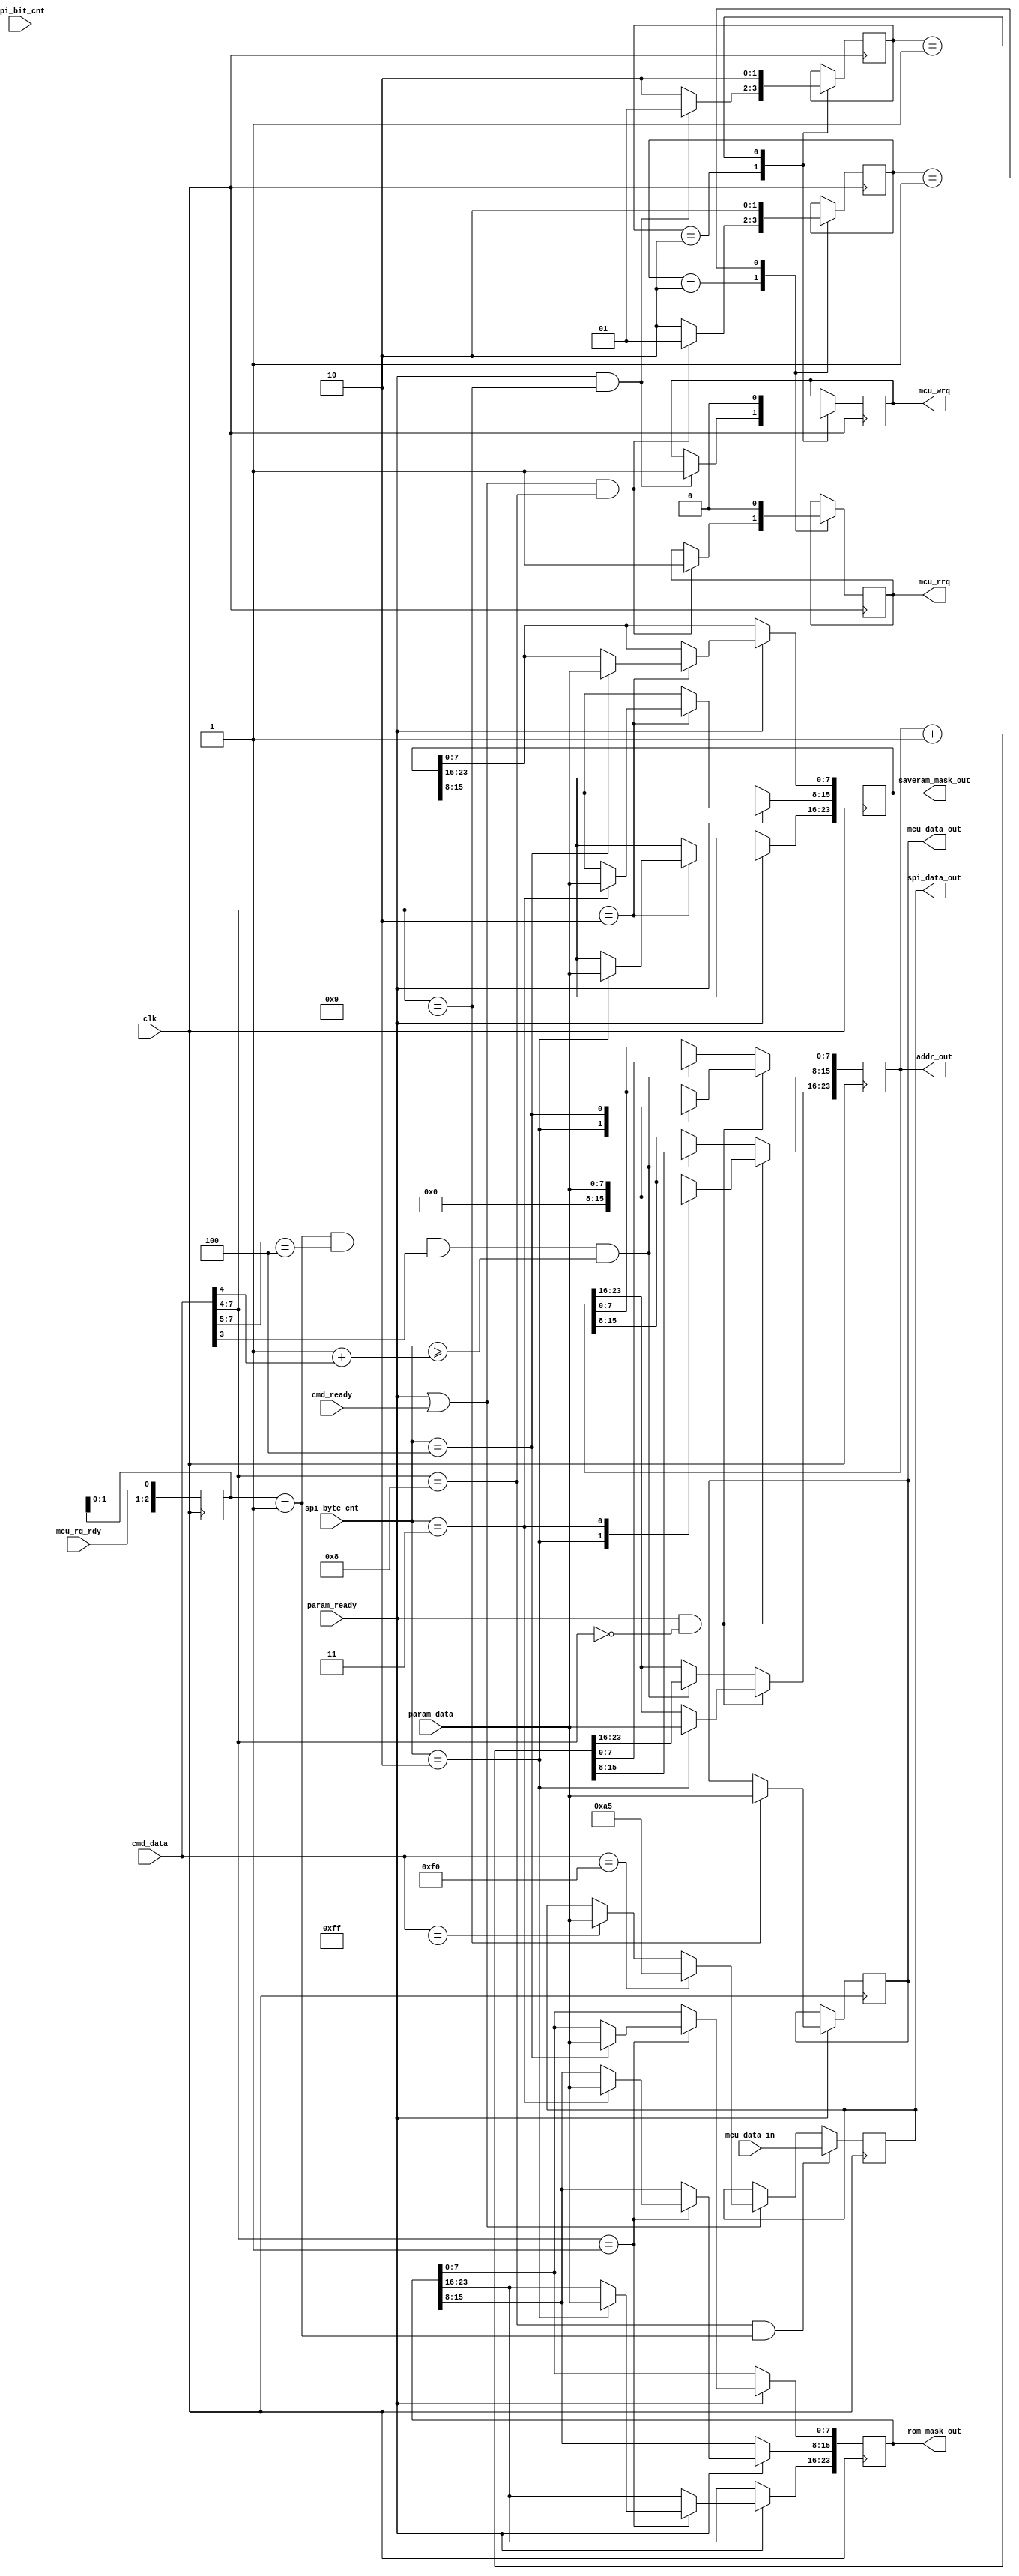
module mcu_cmd(
  input clk,
  input cmd_ready,
  input param_ready,
  input [7:0] cmd_data,
  input [7:0] param_data,
  output mcu_rrq,
  output mcu_wrq,
  input mcu_rq_rdy,
  output [7:0] mcu_data_out,
  input [7:0] mcu_data_in,
  output [7:0] spi_data_out,
  input [31:0] spi_byte_cnt,
  input [2:0] spi_bit_cnt,
  output [23:0] addr_out,
  output [23:0] saveram_mask_out,
  output [23:0] rom_mask_out
);

reg [7:0] MCU_DATA_OUT_BUF;
reg [7:0] MCU_DATA_IN_BUF;
reg [2:0] mcu_nextaddr_buf;

wire mcu_nextaddr;

reg [23:0] SAVERAM_MASK;
reg [23:0] ROM_MASK;

reg [23:0] ADDR_OUT_BUF;

assign spi_data_out = MCU_DATA_IN_BUF;

initial begin
  ADDR_OUT_BUF = 0;
end

// command interpretation
always @(posedge clk) begin
  if (param_ready) begin
    casex (cmd_data[7:0])
      8'h1x:
        case (spi_byte_cnt)
          32'h2:
            ROM_MASK[23:16] <= param_data;
          32'h3:
            ROM_MASK[15:8] <= param_data;
          32'h4:
            ROM_MASK[7:0] <= param_data;
        endcase
      8'h2x:
        case (spi_byte_cnt)
          32'h2:
            SAVERAM_MASK[23:16] <= param_data;
          32'h3:
            SAVERAM_MASK[15:8] <= param_data;
          32'h4:
            SAVERAM_MASK[7:0] <= param_data;
        endcase
      8'h9x:
        MCU_DATA_OUT_BUF <= param_data;
    endcase
  end
end

always @(posedge clk) begin
  if(param_ready && cmd_data[7:4] == 4'h0)  begin
    case (spi_byte_cnt)
      32'h2: begin
        ADDR_OUT_BUF[23:16] <= param_data;
        ADDR_OUT_BUF[15:0] <= 16'b0;
      end
      32'h3:
        ADDR_OUT_BUF[15:8] <= param_data;
      32'h4:
        ADDR_OUT_BUF[7:0] <= param_data;
    endcase
  end else if ((mcu_nextaddr & (cmd_data[7:5] == 3'h4)
               && (cmd_data[3])
               && (spi_byte_cnt >= (32'h1+cmd_data[4])))
              ) begin
    ADDR_OUT_BUF <= ADDR_OUT_BUF + 1;
  end
end

// value fetch during last SPI bit
always @(posedge clk) begin
  if (cmd_data[7:4] == 4'h8 && mcu_nextaddr)
    MCU_DATA_IN_BUF <= mcu_data_in;
  else if (cmd_ready | param_ready /* bit_cnt == 7 */) begin
    if (cmd_data[7:0] == 8'hF0)
      MCU_DATA_IN_BUF <= 8'hA5;
    else if (cmd_data[7:0] == 8'hFF)
      MCU_DATA_IN_BUF <= param_data;
  end
end

// nextaddr pulse generation
always @(posedge clk) begin
  mcu_nextaddr_buf <= {mcu_nextaddr_buf[1:0], mcu_rq_rdy};
end

parameter ST_RQ = 2'b01;
parameter ST_IDLE = 2'b10;

reg [1:0] rrq_state;
initial rrq_state = ST_IDLE;
reg mcu_rrq_r;

reg [1:0] wrq_state;
initial wrq_state = ST_IDLE;
reg mcu_wrq_r;

always @(posedge clk) begin
  case(rrq_state)
    ST_IDLE: begin
      if((param_ready | cmd_ready) && cmd_data[7:4] == 4'h8) begin
        mcu_rrq_r <= 1'b1;
        rrq_state <= ST_RQ;
      end else
        rrq_state <= ST_IDLE;
    end
    ST_RQ: begin
      mcu_rrq_r <= 1'b0;
      rrq_state <= ST_IDLE;
    end
  endcase
end

always @(posedge clk) begin
  case(wrq_state)
    ST_IDLE: begin
      if(param_ready && cmd_data[7:4] == 4'h9) begin
        mcu_wrq_r <= 1'b1;
        wrq_state <= ST_RQ;
      end else
        wrq_state <= ST_IDLE;
    end
    ST_RQ: begin
      mcu_wrq_r <= 1'b0;
      wrq_state <= ST_IDLE;
    end
  endcase
end

// trigger for nextaddr
assign mcu_nextaddr = mcu_nextaddr_buf == 2'b01;

assign mcu_rrq = mcu_rrq_r;
assign mcu_wrq = mcu_wrq_r;

assign addr_out = ADDR_OUT_BUF;

assign mcu_data_out = MCU_DATA_OUT_BUF;
assign rom_mask_out = ROM_MASK;
assign saveram_mask_out = SAVERAM_MASK;

assign DBG_mcu_nextaddr = mcu_nextaddr;
endmodule